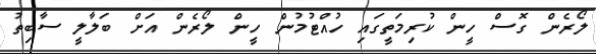
ލޯރެން ގޮސް ހީން ކުރިމަތީގައި ހުއްޓުމުން ހީން ލޯރެން އަށް ބަލާލީ ސާބިތު